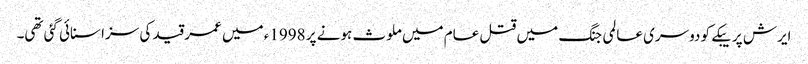
ایرش پریبکے کو دوسری عالمی جنگ میں قتل عام میں ملوث ہونے پر 1998ء میں عمر قید کی سزا سنائی گئی تھی۔